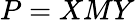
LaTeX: P=XMY